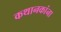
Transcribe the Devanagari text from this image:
कथानकांना